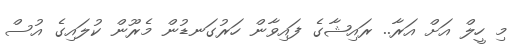
މި ހީލް އަށް އަރާ.. ރައިޝާގެ ފައިވާން ހަރުގަނޑުން މެރޫން ކުލައިގެ އުސް